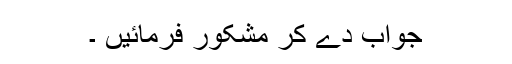
جواب دے کر مشکور فرمائیں ۔